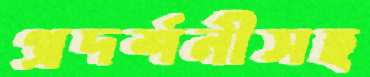
প্রদর্শনীসহ